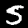
Label: 5